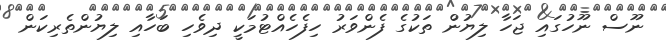
ނޫސް ނޫހުގައި ޖަހާ ލިޔުން ތަކުގެ ފެންވަރު ހިފެހެއްޓުމަކީ ދިވެހި ބަހާއި ލިޔުންތެރިކަން